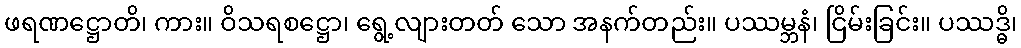
ဖရဏဋ္ဌောတိ၊ ကား။ ဝိသရစဋ္ဌော၊ ရွေ့လျားတတ် သော အနက်တည်း။ ပဿမ္ဘနံ၊ ငြိမ်းခြင်း။ ပဿဒ္ဓိ၊